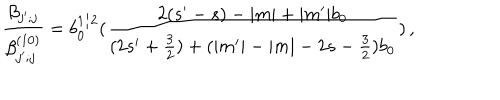
\frac { \beta _ { j ^ { \prime } ; j } } { \beta _ { j ^ { \prime } ; j } ^ { ( 1 0 ) } } = b _ { 0 } ^ { 1 / 2 } ( \frac { 2 ( s ^ { \prime } - s ) - | m | + | m ^ { \prime } | b _ { 0 } } { ( 2 s ^ { \prime } + \frac { 3 } { 2 } ) + ( | m ^ { \prime } | - | m | - 2 s - \frac { 3 } { 2 } ) b _ { 0 } } ) \, ,